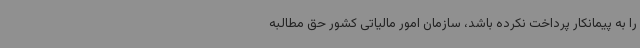
را به پیمانکار پرداخت نکرده باشد، سازمان امور مالیاتی کشور حق مطالبه